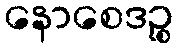
နောစေဒဉ္စ